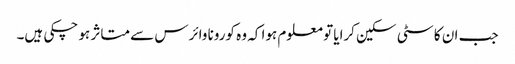
جب ان کا سٹی سکین کرایا تو معلوم ہوا کہ وہ کورونا وائرس سے متاثر ہو چکی ہیں۔